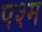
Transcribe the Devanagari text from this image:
पश्म